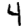
Digit: 4